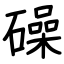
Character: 𥖨